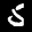
Label: 5